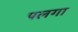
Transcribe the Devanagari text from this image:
पलगा